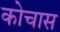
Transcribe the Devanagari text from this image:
कोचास